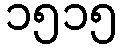
၁၅၁၅